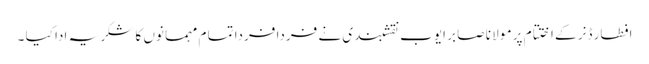
افطار ڈنر کے اختتام پر مو لا نا صا بر ایوب نقشبندی نے فردا فردا تما م مہما نوں کا شکر یہ ادا کیا ۔